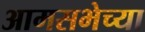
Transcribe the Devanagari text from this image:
आमसभेच्या